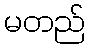
မတည်